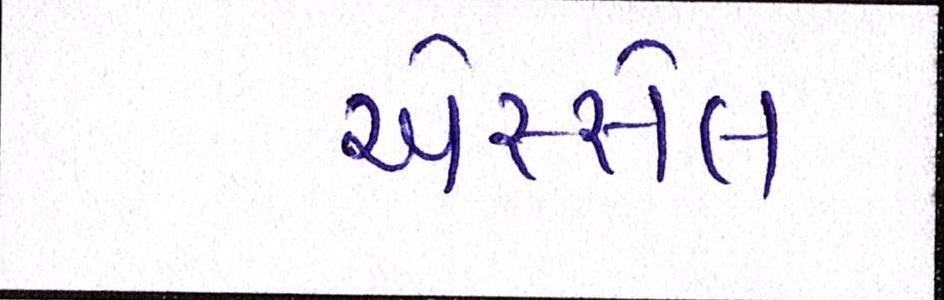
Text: એસ્સેલ